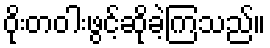
ဝိုးတဝါးဖွင့်ဆိုခဲ့ကြသည်။